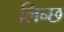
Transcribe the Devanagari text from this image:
लिन्छ